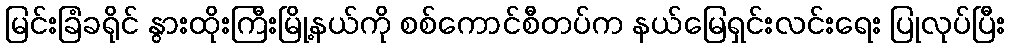
မြင်းခြံခရိုင် နွားထိုးကြီးမြို့နယ်ကို စစ်ကောင်စီတပ်က နယ်မြေရှင်းလင်းရေး ပြုလုပ်ပြီး